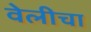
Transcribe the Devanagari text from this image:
वेलीचा